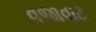
વજાવાટ